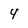
Character: 4